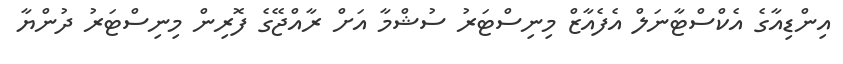
އިންޑިއާގެ އެކްސްޓާނަލް އެފެއާޒް މިނިސްޓަރު ސުޝްމާ އަށް ރާއްޖޭގެ ފޮރިން މިނިސްޓަރު ދުންޔާ